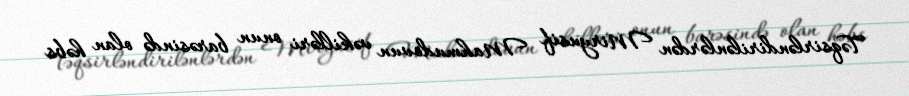
Təqsirləndirilənlərdən Miryusif Mahmudovun vəkilləri onun barəsində olan həbs